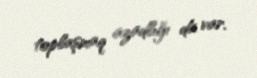
toplaşmaq azadlığı da var.